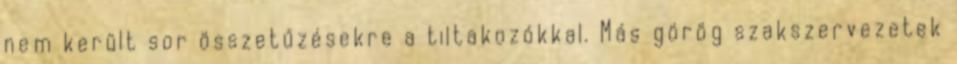
nem került sor összetűzésekre a tiltakozókkal. Más görög szakszervezetek